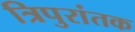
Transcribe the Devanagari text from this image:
त्रिपुरांतक